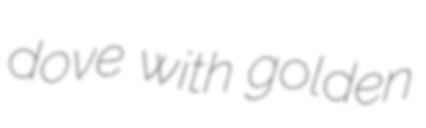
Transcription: dove with golden